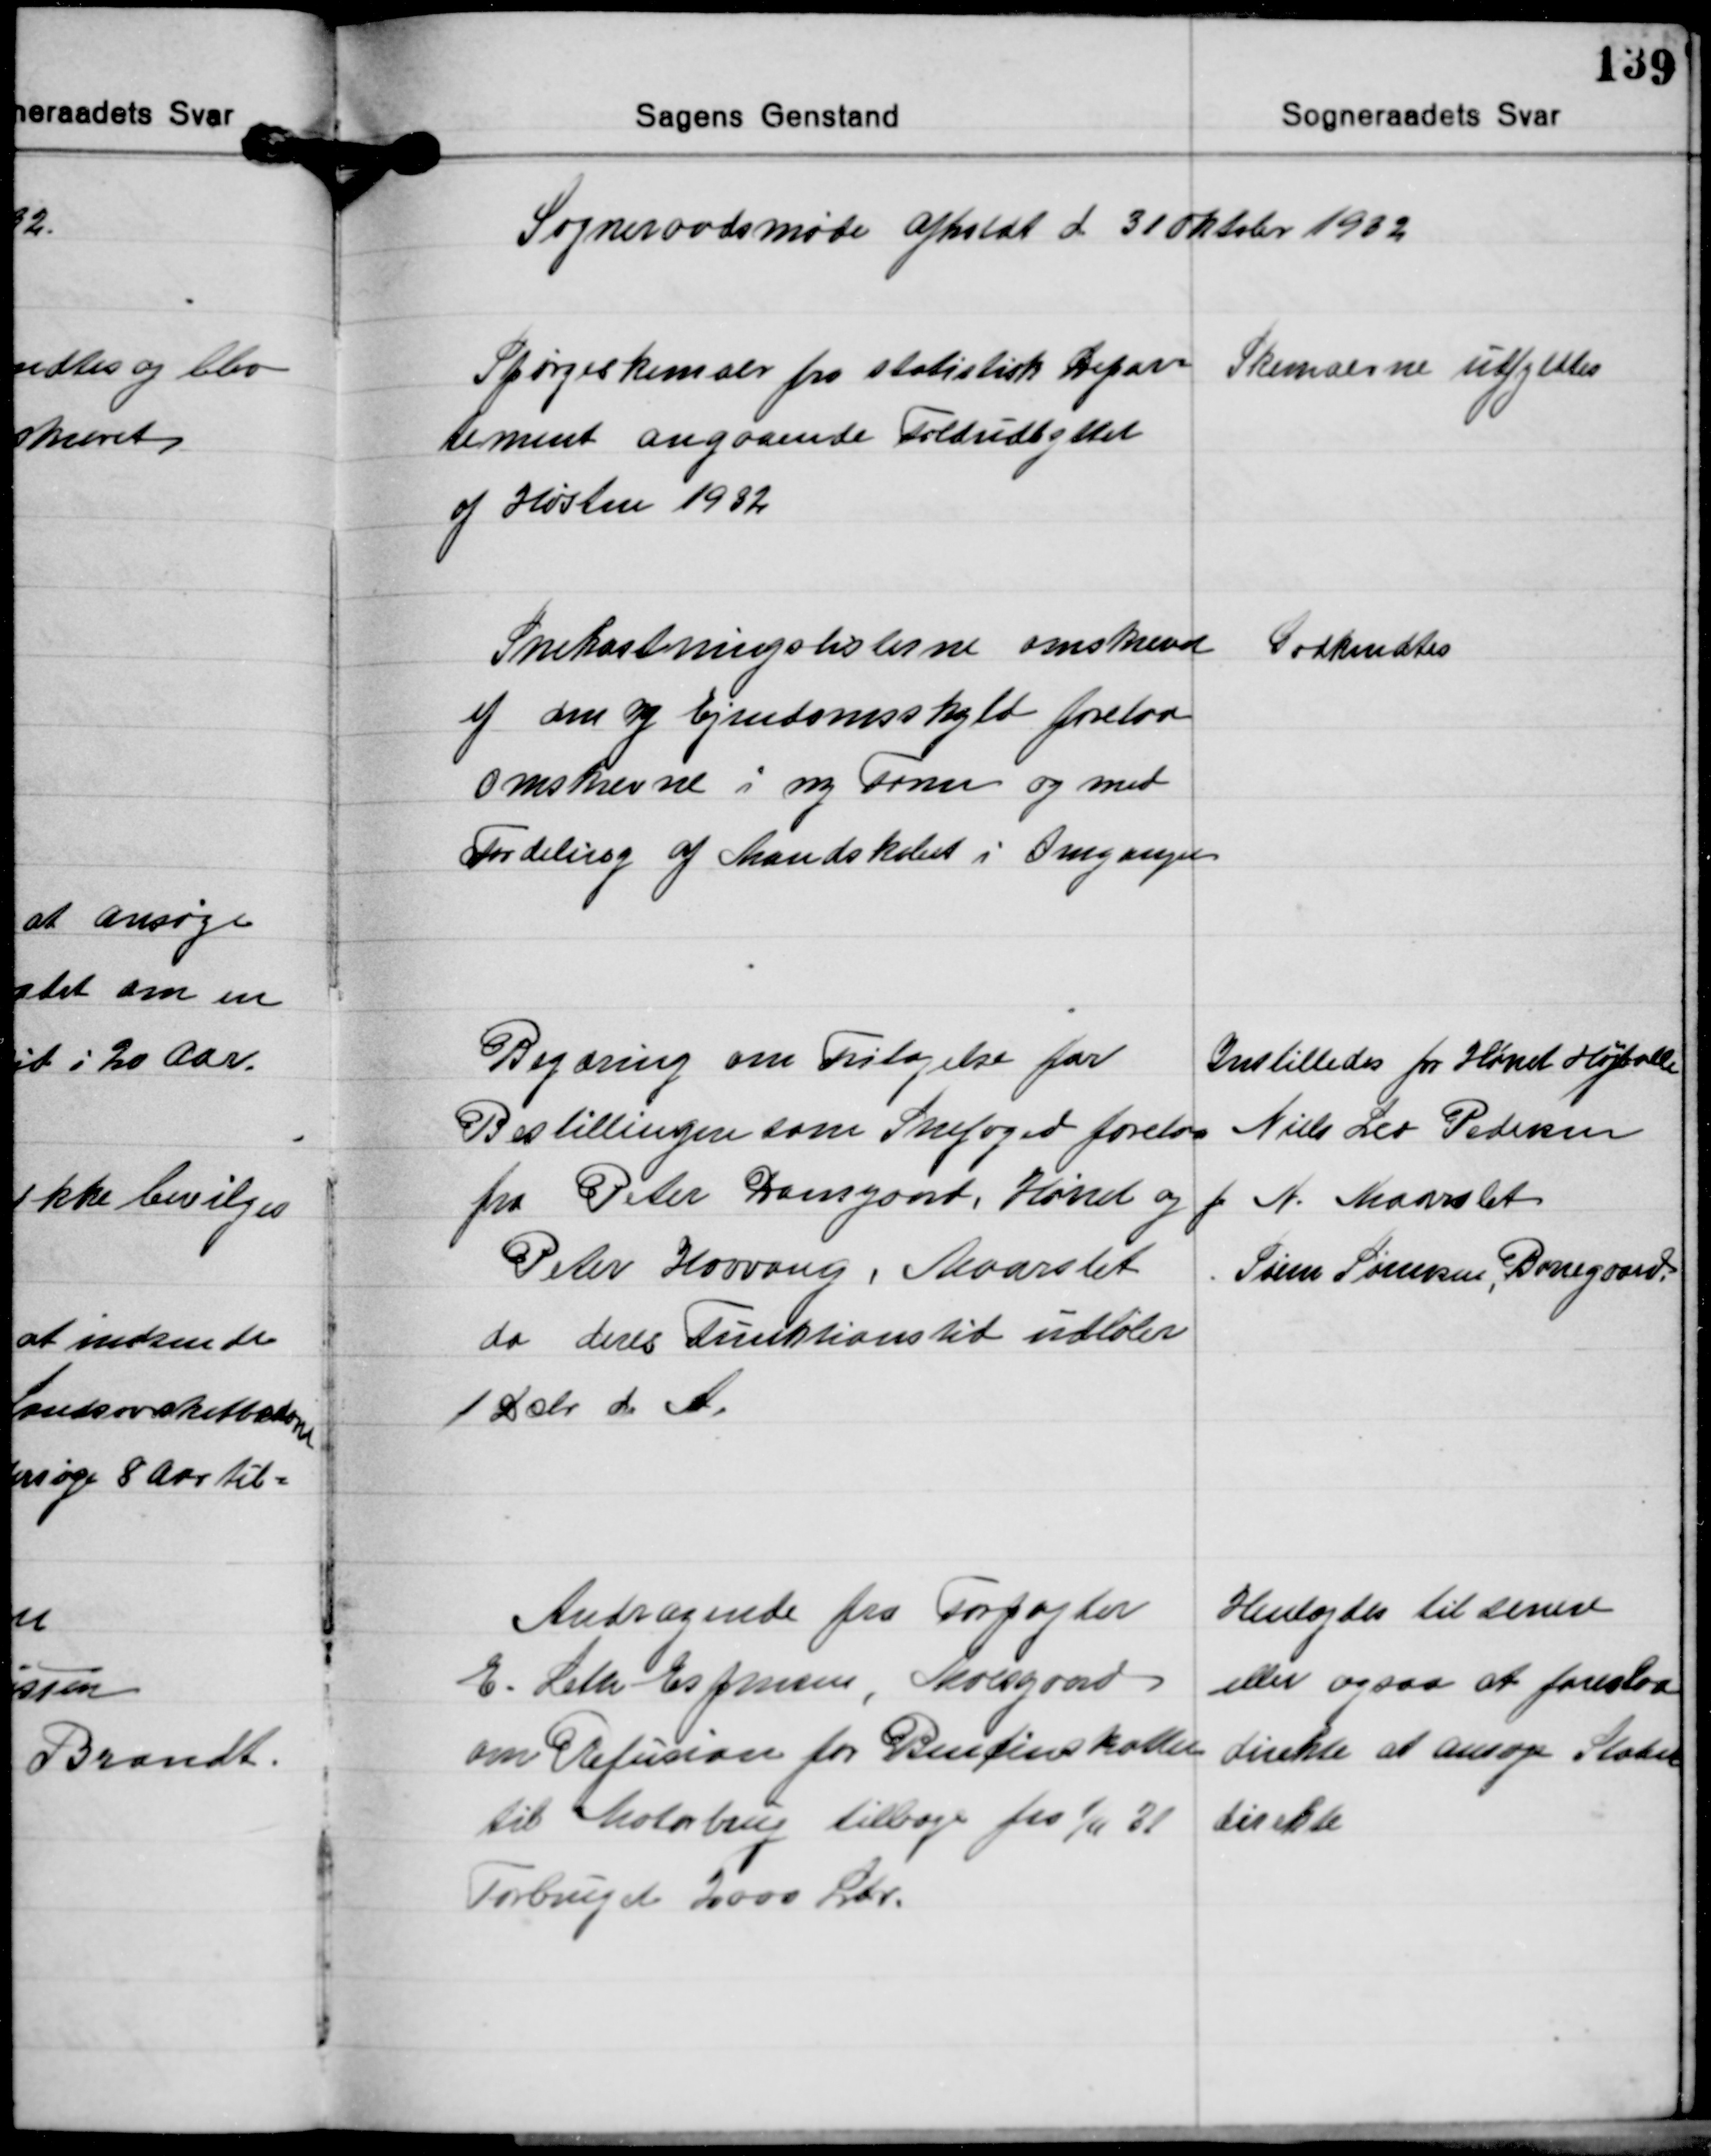
Transskription:
Sogneraadsmøde afholdt d 31 Oktober 1932

Spørgeskemaer fra statistisk Depar-
tement angaaende Foldudbyttet
af Høsten 1932

Skemaerne udfyldtes

Snekastningslisterne omskevet
og den ny Ejendomsskyld forelaa
Omskrevne i ny Form og med
Fordeling af Mandskabet i Omgange

Godkendtes

Begæring om Fritagelse for
Bestillingen som Snefoged forelaa
fra Peter Damgaard, Hørret og fra
Peter Hovvang Maarslet
da deres Funktionstid udløber
1 Dcbr. d. A.

Instilledes for Hørret Højballe
Niels Leo Pedersen
N. Maarslet
Søren Sørensen Borregaard

Andragende fra Forpagter
E. Leth Espensen, Moesgaard
om Refusion for Bencinskatter
til Motorbrug tilbage fra 1/4 31
Forbruget 2000 Ltr.

Henlagdes til senere
eller ogsaa at foreslaa
direkte at ansøge Staten
direkte